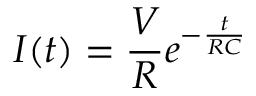
I ( t ) = \frac { V } { R } e ^ { - \frac { t } { R C } }